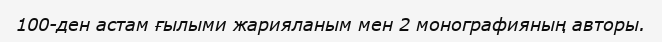
100-ден астам ғылыми жарияланым мен 2 монографияның авторы.